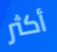
أكثر